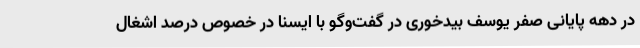
در دهه پایانی صفر یوسف بیدخوری در گفت‌وگو با ایسنا در خصوص درصد اشغال